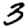
Digit: 3